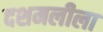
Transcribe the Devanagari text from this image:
दशमलीला